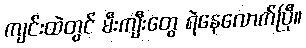
ကျင်းထဲတွင် မီးကျီးတွေ ရဲနေလောက်ပြီ။